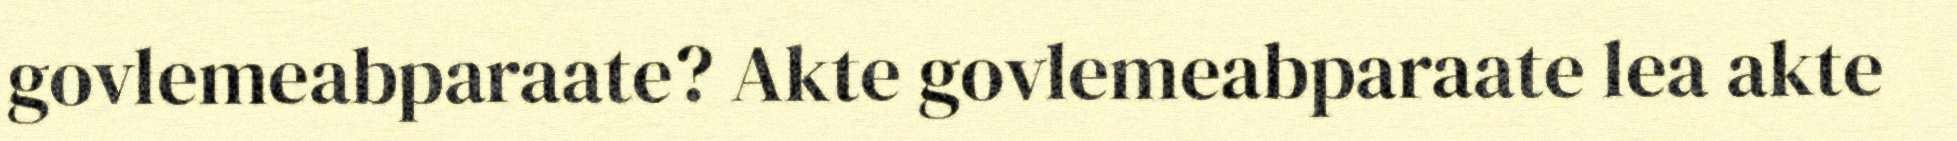
govlemeabparaate? Akte govlemeabparaate lea akte